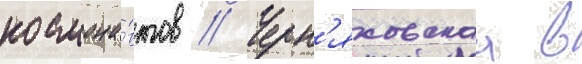
космона́втов // Черн'яховскаа в